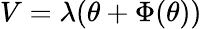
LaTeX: V=\lambda(\theta+\Phi(\theta))